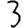
Digit: 3